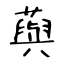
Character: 藇